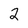
Character: 2